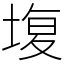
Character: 㙏